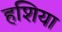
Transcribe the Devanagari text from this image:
हशिया